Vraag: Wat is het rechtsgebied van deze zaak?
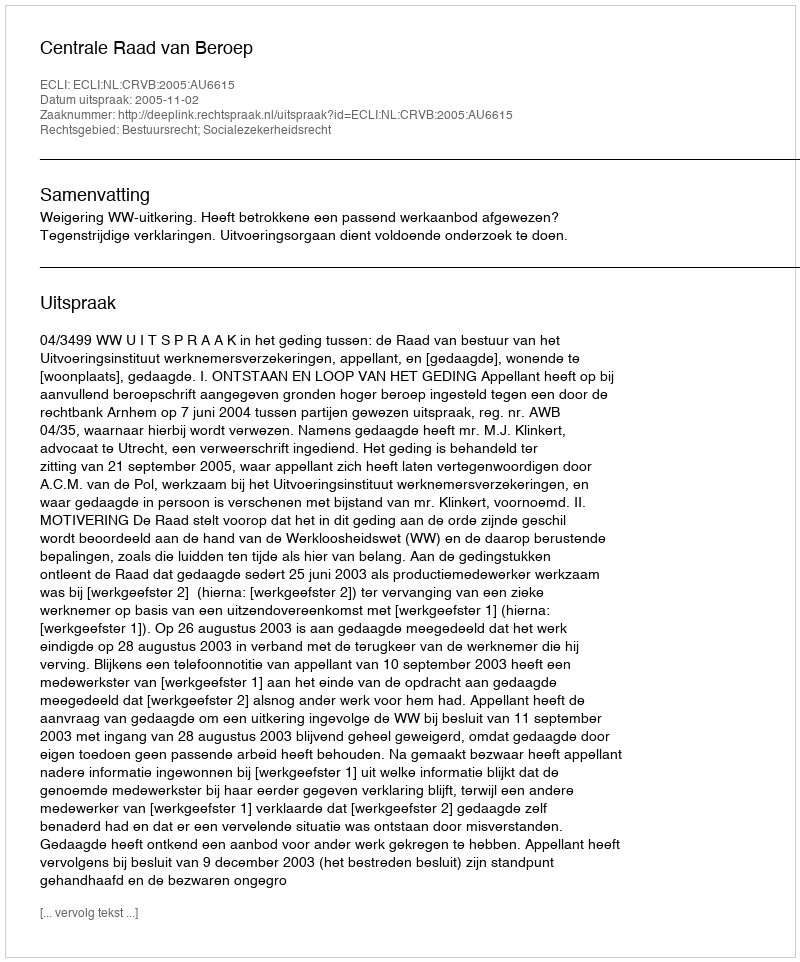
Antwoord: Bestuursrecht; Socialezekerheidsrecht